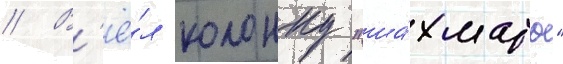
// В'ё́л колонку "ша́хматы"